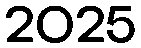
2025